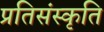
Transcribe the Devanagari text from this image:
प्रतिसंस्कृति